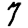
Digit: 7